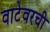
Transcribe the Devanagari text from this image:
वाटेवरची